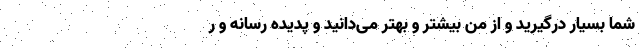
شما بسیار درگیرید و از من بیشتر و بهتر می‌دانید و پدیده رسانه و ر